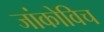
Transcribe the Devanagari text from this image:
जांकोविच